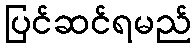
ပြင်ဆင်ရမည်